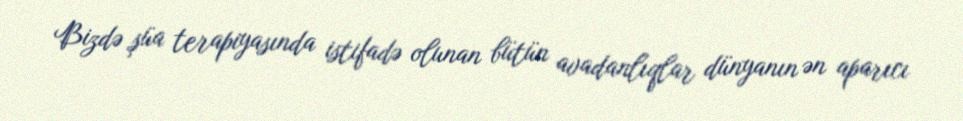
Bizdə şüa terapiyasında istifadə olunan bütün avadanlıqlar dünyanın ən aparıcı